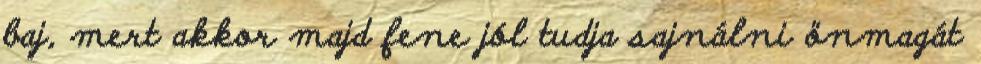
baj, mert akkor majd fene jól tudja sajnálni önmagát